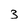
Character: 3